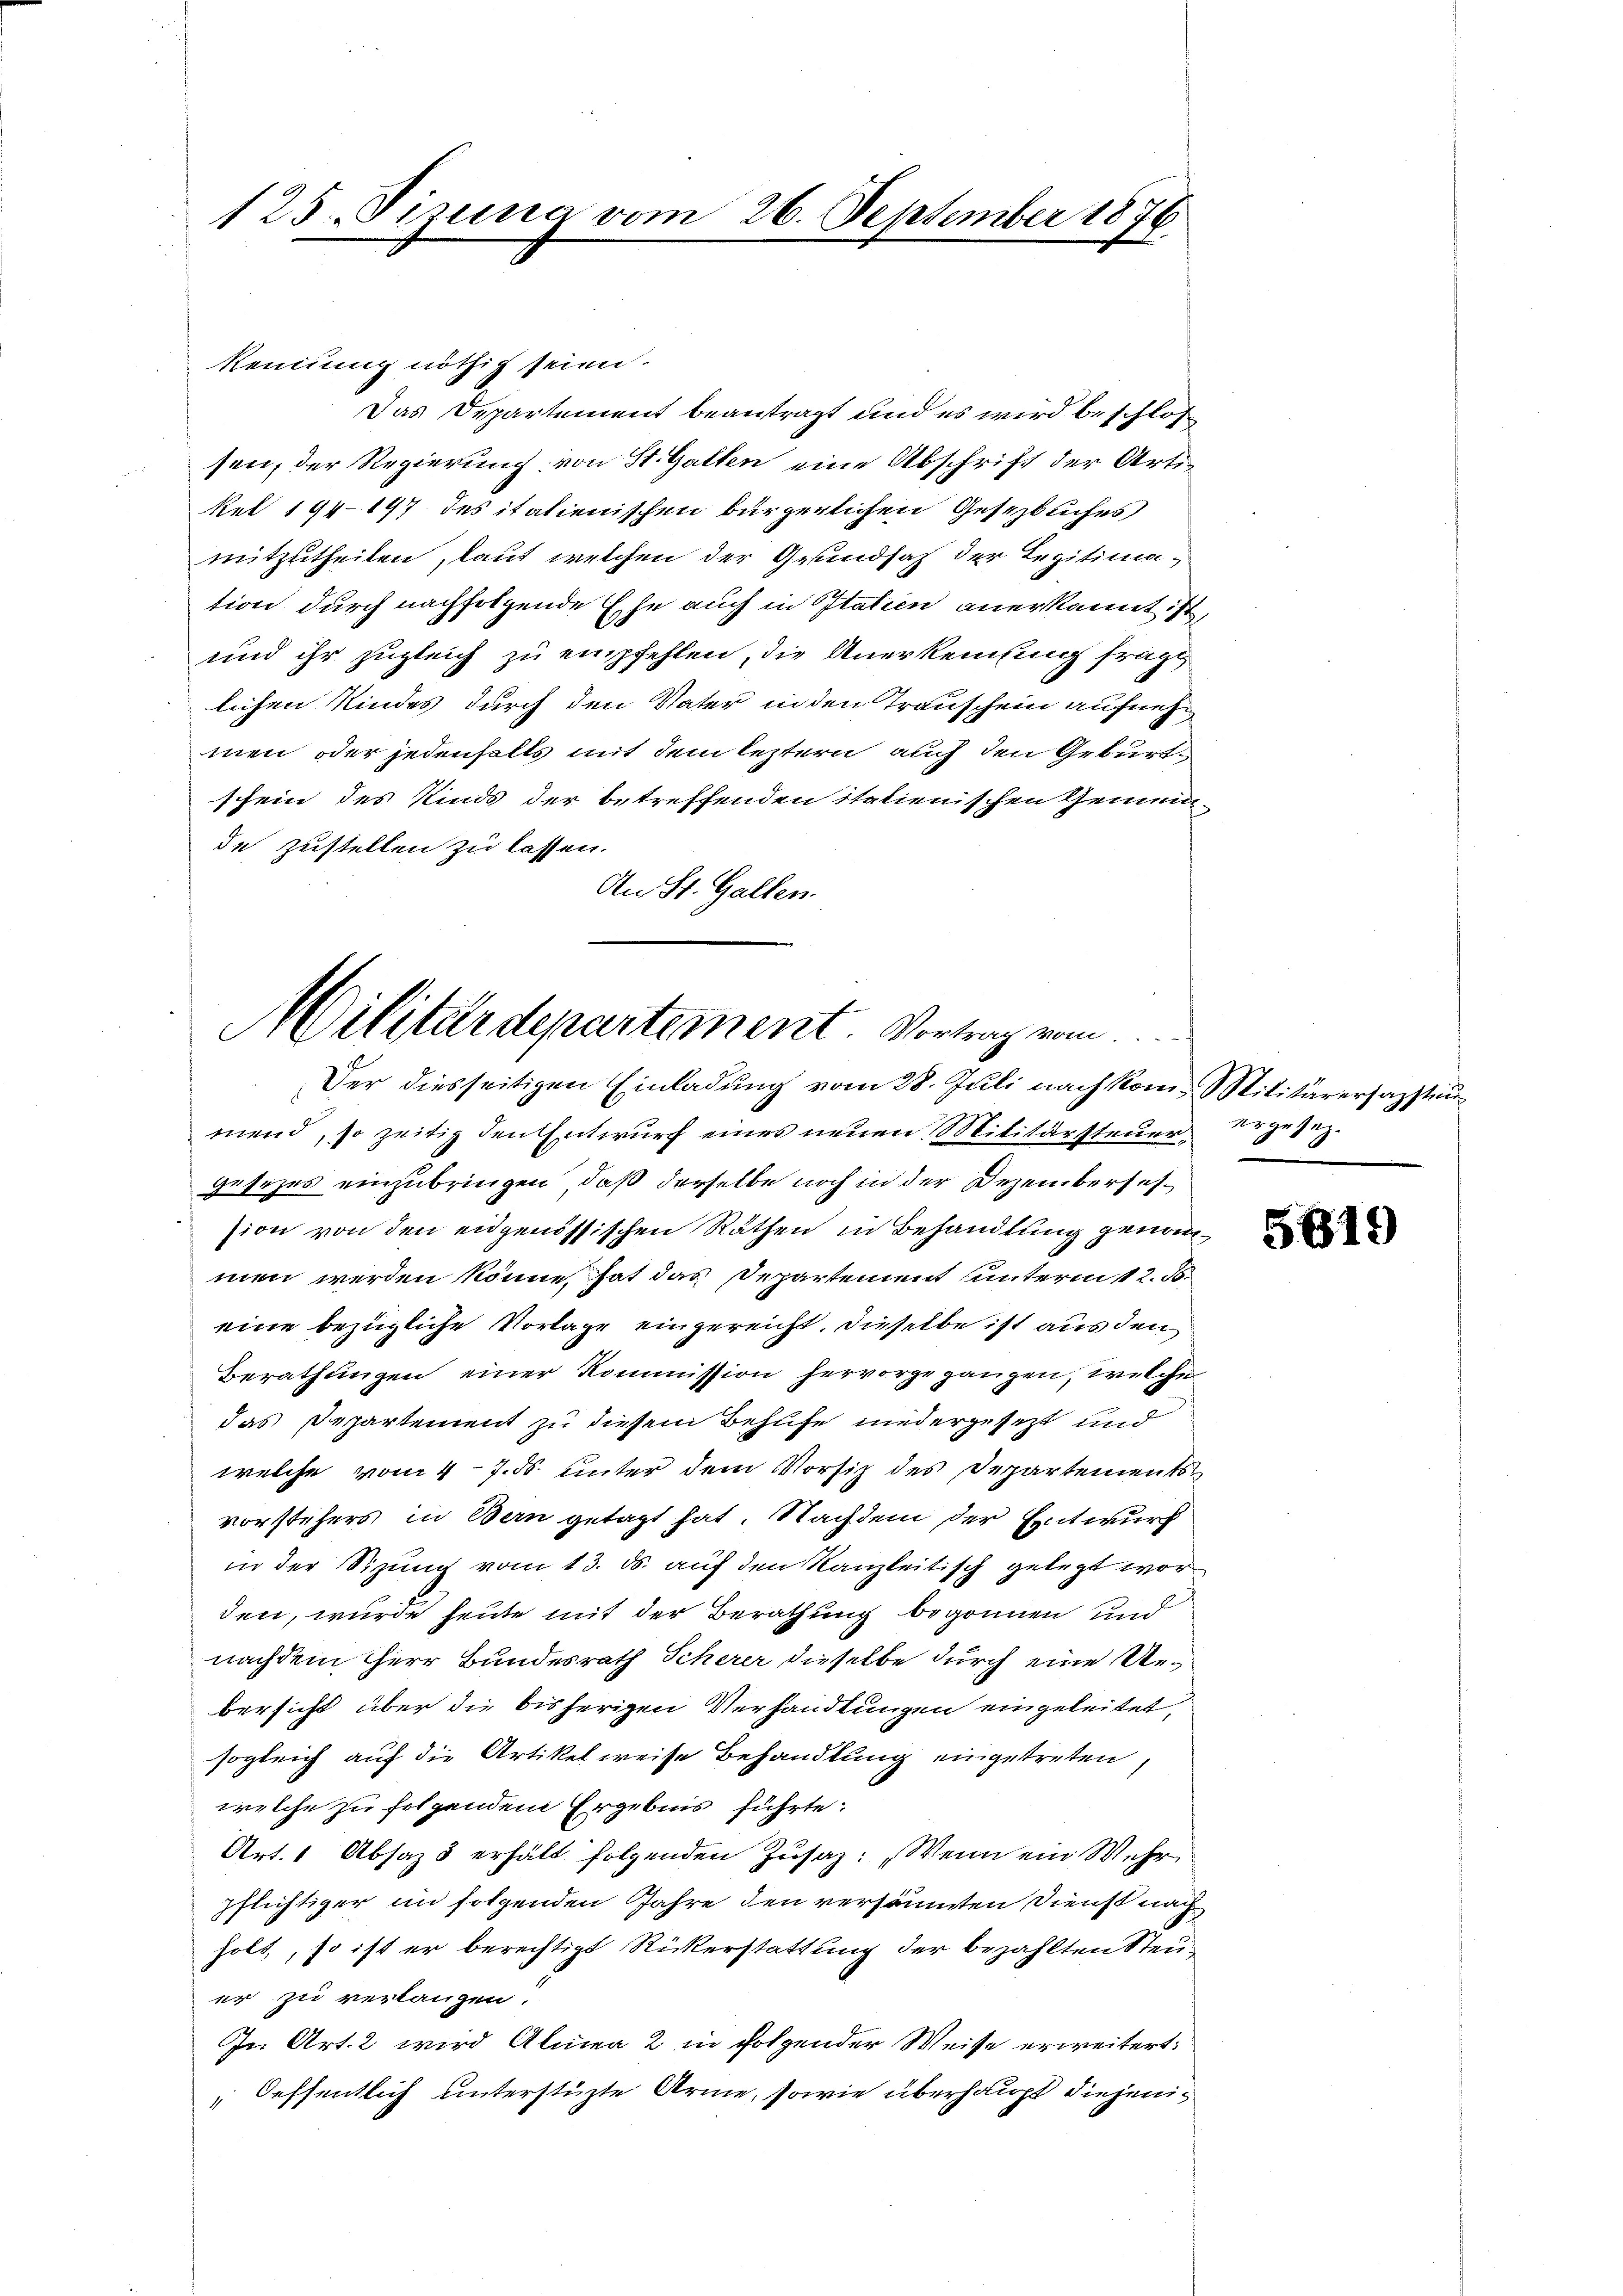
125. Sizung vom 26. September 1876

kennung nöthig seien.
Das Departement beantragt und es wird beschlossen, der Regierung von St. Gallen eine Abschrift der Artikel 194-197 des italienischen bürgerlichen Gesezbuches
mitzutheilen, laut welchen der Grundsaz der Legitimation durch nachfolgende Ehe auch in Italien anerkannt ist,
und ihr zugleich zu empfehlen, die Anerkennung fragt
lichen Kindes durch den Vater in den Transchein aufnehmen oder jedenfalls mit dem leztern auch den Geburtschein des Kinds der betreffenden italienischen Gemein-
de zustellen zu lassen.
An St. Gallen.
mend, so zeitig den Entwurf eines neuen Militärsteuergesezes einzubringen, daß derselbe noch in der Dezembersehsion von den eidgenössischen Räthen in Behandlung genommen werden könne, hat das Departement untermit 2. d.
eine bezügliche Vorlage eingereicht, dieselbe ist aus den
Berathungen einer Kommission hervorgegangen, welche
das Departement zu diesem Behufe niedergesezt und
welche vom 4. 7. ds. unter dem Vorsitz des Departements
vorstehers in Bern getagt hat. Nachdem der Entwurf
in der Sitzung vom 13. ds. auf den Kanzleitisch gelegt worden, wurde heute mit der Berathung begonnen und
nachdem Herr Bundesrath Scherer dieselbe durch eine Uebersicht über die bisherigen Verhandlungen eingeleitet,
sogleich auf die Artikelweise Behandlung eingetreten,
welche zu folgendem Ergebnis führte:
Art. 1 Absaz 3 erhält folgenden Zusaz: „Wenn ein Wehr
pflichtiger im folgenden Jahre den versäumten Dienst nach
holt, so ist er berechtigt Rickerstattung der bezahlten Steuer zu verlangen.
In Art. 2 wird Alma 2 in folgender Weise erweitert:
Oeffentlich unterstüzte Arme, sowie überhaupt diejeni¬

Militärdepartement. Vortrag von
Der diesseitigen Einladung vom 28. Juli nach kom Militärersagsten

ergesez.

5619